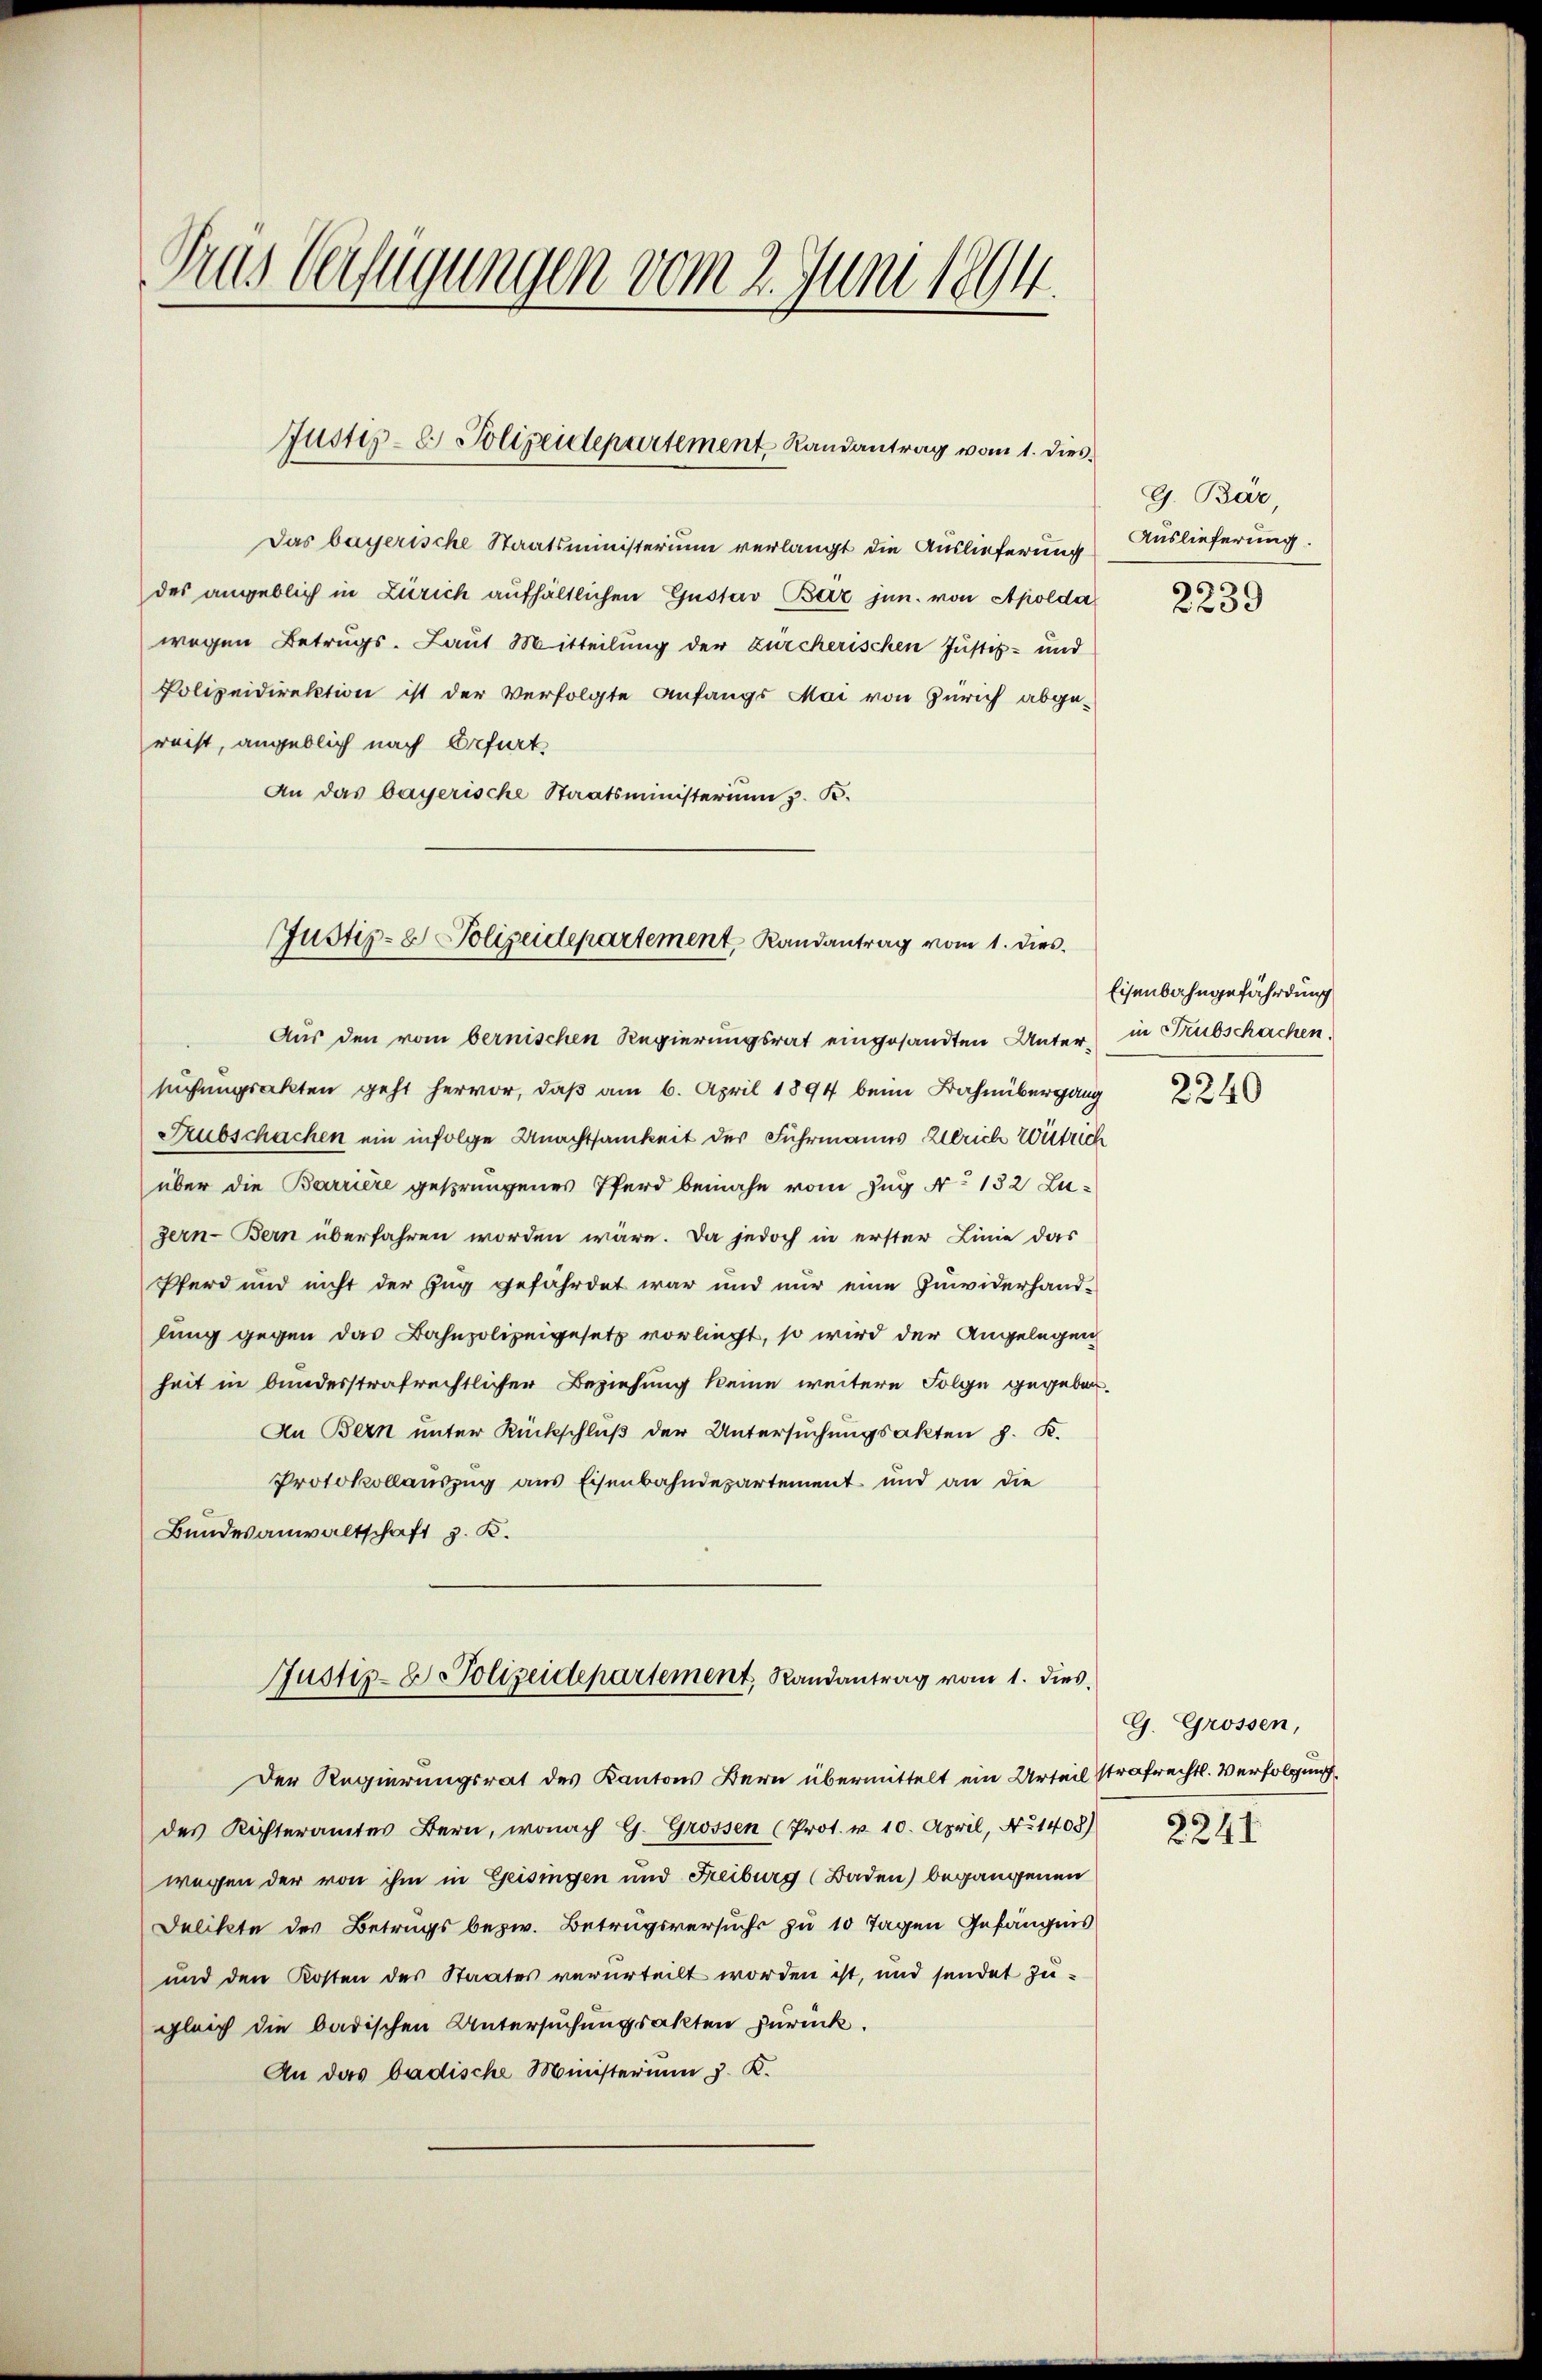
Tras Verfügungen vom 2. Juni 1894.

Das bayerische Staatsministerium verlangt die Auslieferung
des angeblich in Zürich aufhältlichen Gustav Bar jun. von Apolda
wegen Betrugs- Laut Mitteilung der zürcherischen Justiz- und
Polizeidirektion ist der Verfolgte Anfangs Mai von Zürich abge-
reist, angeblich nach Erfurt
An das bayerische Staatsministerium z. B.

Justiz- & Polizeidepartement Randantrag vom 1. Dies

Justiz- & Polizeidepartement, Randantrag vom 1. dies

Aus den vom bernischen Regierungsrat eingesandten Untersuchungsakten geht hervor, daß am 6. April 1894 beim Bahnübergang
Subschachen ein infolge Unachtsamkeit des Fuhrmanns Ulrich Wütrich
über die Barrière gesprungenes Pferd beinahe vom Zug No 132 Zu¬
Zern-Bern überfahren worden wäre. Da jedoch in erster Linie das
Pferd und nicht der Zug gefährdet war und nur eine Zuwiderhandlung gegen das Bahnpolizeigesetz vorliegt, so wird der Angelegen
heit in bunderstrafrechtlicher Beziehung keine weitere Folge gegeben.
An Bern unter Rückschluß der Untersuchungsakten z. K.
Protokollauszug aus Eisenbahndepartement und an die
Bundesanwaltschaft z. K.
Justiz- & Polizeidepartement, Randantrag vom 1. dies
Der Regierungsrat des Kantons Bern übermittelt ein Urteil strafrechtl. Verfolgung
des Richteramtes Bern, wonach G. Grossen (Prot. v. 10. April, No 1408)
wegen der von ihm in Geisingen und Freiburg (Baden) begangenen
Delikte des Betrags bezw. Betrugsversuchs zu 10 Tagen Gefängnis
und den Kosten des Staates verurteilt worden ist, und sendet zugleich die badischen Untersuchungsakten zurück.
An das badische Ministerium J. K.

G. Bär
Auslieferung.
2239

Eisenbahngefährdung
in Trubschachen.

2240

G. Grossen,

2241